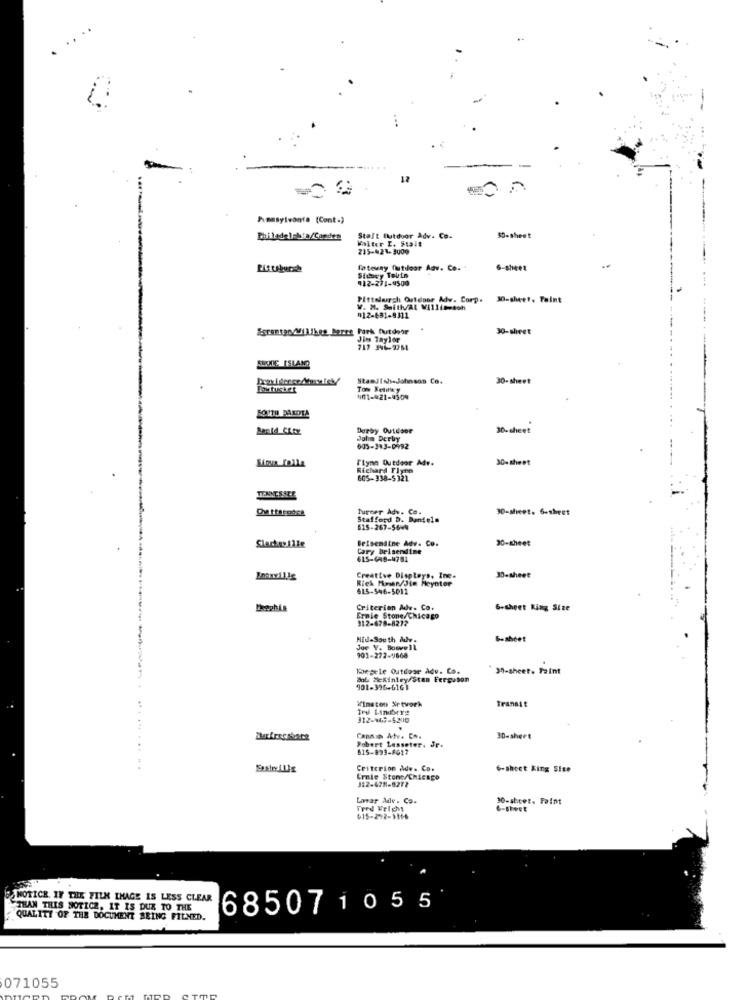
12
Pumasylvante (Cont.)
Bhiladaleksa/Candea
Stalt Outdoor Adv. Co.
Walter E. Stalt
50-sheet
235-421-3000
Fatesay futdoor Adv. Co.
Sidary Telin
412-271-0500
Pittelurgh Outdoor Adv. Corp. 30-sheet. Taint
V. M. Smith/AL Villinesoh
012-881-9311
Sorentao/MilThee Barre Park Outdoor
30-sheet
Jim Taylor
717 346-9261
StamJIwl-Johnson Co.
30- sheet
Tom Really
1101-021-4309
SOUTH DAKOTA
Derby Outdoor
30- sheet
John Derby
003-343-0992
Sioux Falls
Flynn Outdoor Adv.
30- sheet
Richard Tlyno
605-338-5321
TENNESSEE
Turner Adv. Co.
30-sheet. 6-sheet
Stafford D. Daniels
615-267-564
Beisemaine Adv. Co.
30-sheet
Siarkaville
Cary Beisendine
615-GAB-4781
30-sheet
Rick Moen/Sie Meynter
Creative Displays, Inc.
615-546-5011
Criterion Adv. Co.
6-sheet King Size
312-678-8272
Ernie Stone/Chicago
Hid-South Adv.
Goshcet
Jor Y. Bowvell
901-272-1668
Thesele Outdoor Adv. Co.
30-sheet. Paint
Bol Mckinley/Stan Ferguson
901-396-616)
Winston Xrtvork
Transit
312-167-5200
Robert Lasseter, Jr.
30-sheet
615-893-8617
Criterion Ade. Co.
6-sheet king Size
Ernie Stone/Chicago
312-478-8277
Lavar Adv . Co.
30-stret. Faint
Fred Fright
6-sheet
615-212-3116
OSMOTICR. IF THE FILM THAGE IS LESS CLEAR
THAN THIS NOTICE. IT IS DUX TO THE
685071055
QUALITY OF THE DOCUMENT BEING FILNED.
071055